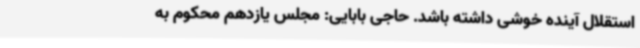
استقلال آینده خوشی داشته باشد. حاجی بابایی: مجلس یازدهم محکوم به